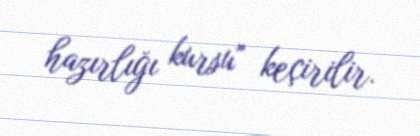
hazırlığı kursu" keçirilir.